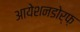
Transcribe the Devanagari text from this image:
आयेशनडोर्फ़